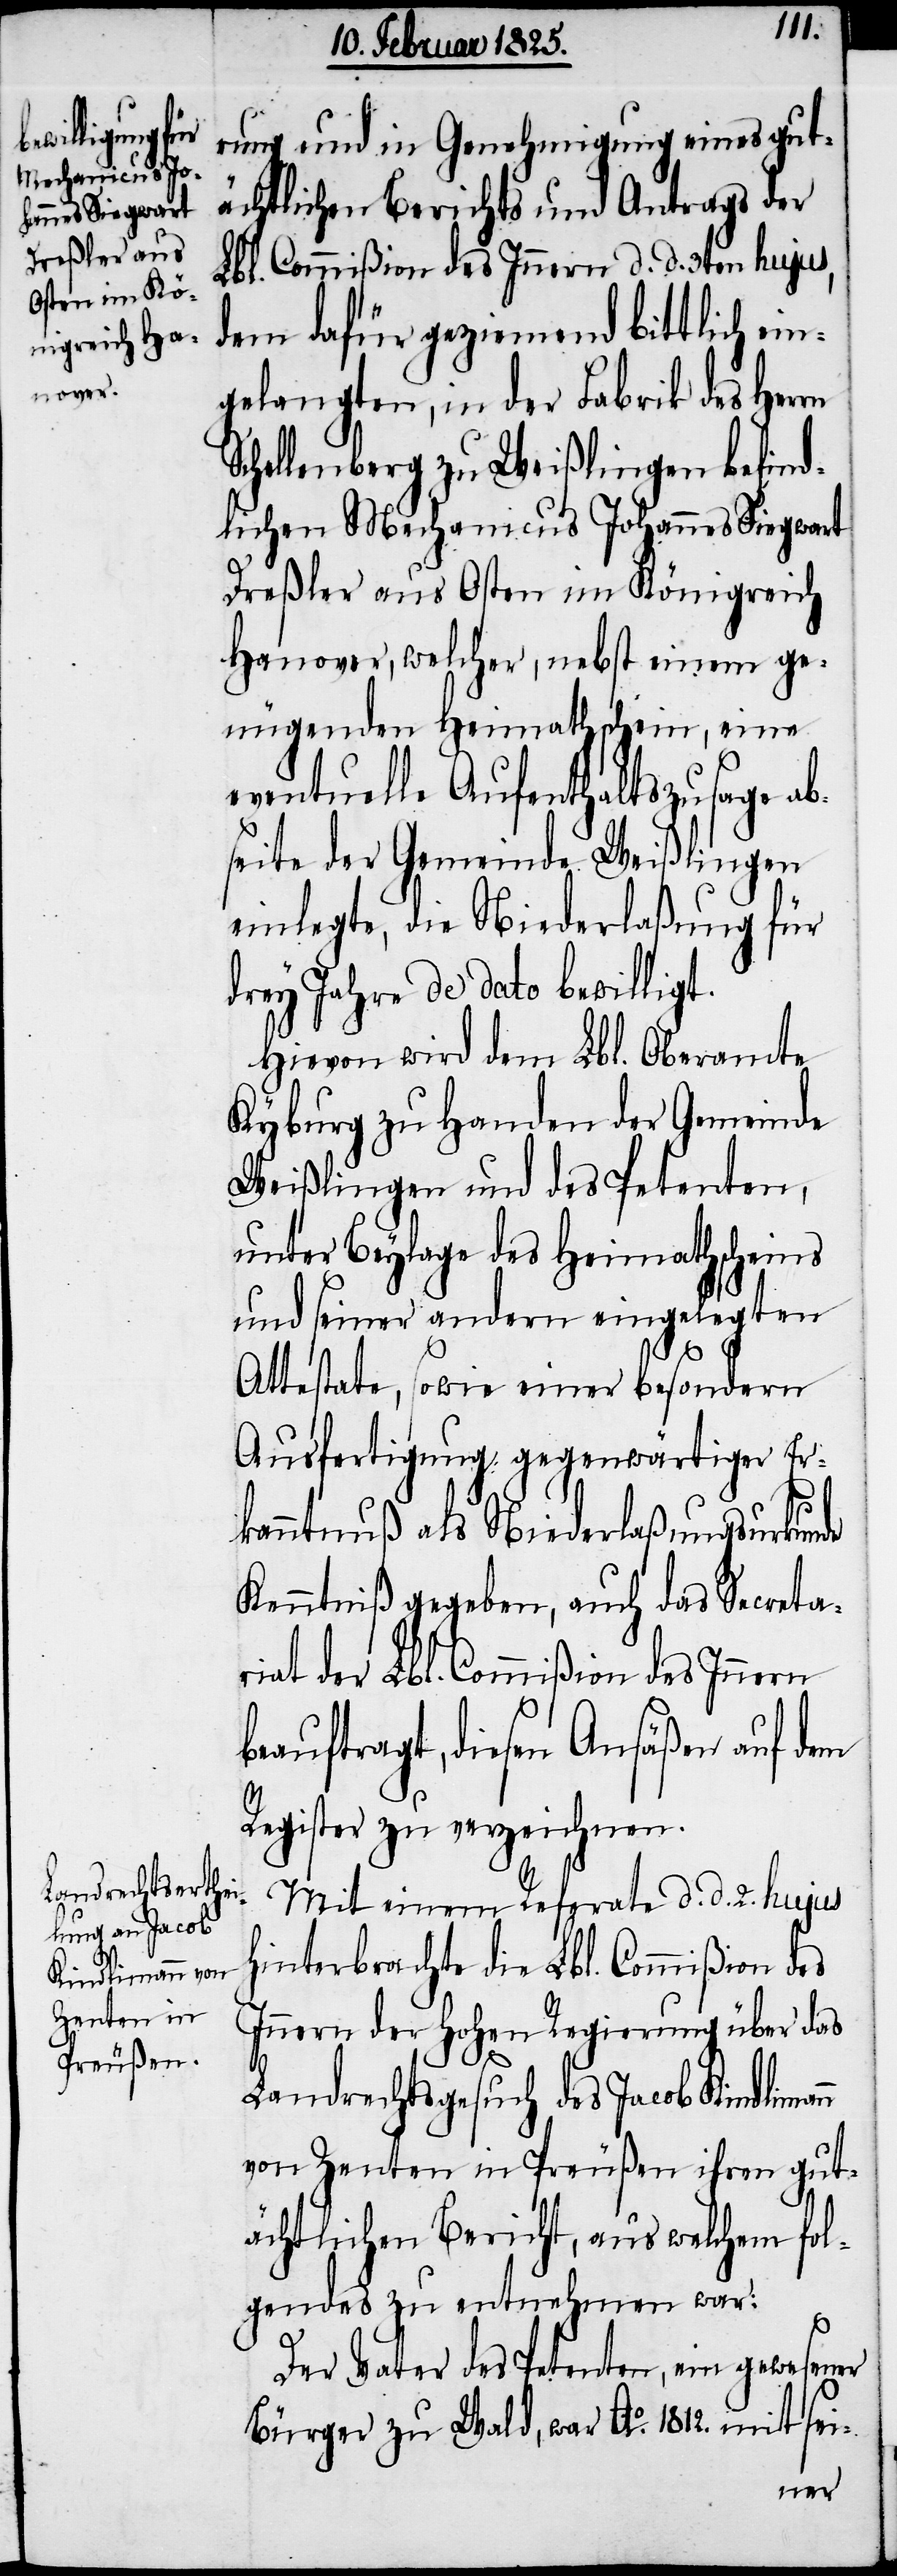
rung und in Genehmigung eines gut¬
ächtlichen Berichts und Antrags der
Lbl. Commißion des Innern d. d. 3ten hujus,
dem dafür geziemend bittlich ei¬
ngelangten, in der Fabrik des Her¬
chellenberg zu Weißlingen befind¬
lichen Mechanicus Johannes Siegwart
Dreßler aus Osten im Königreich
Hanover, welcher, nebst einem ge¬
nügenden Heimathschein, eine
eventuelle Aufenthaltszusage ab¬
seite der Gemeinde Weißlingen
einlegte, die Niederlaßung für
drey Jahre de dato bewilligt.
Hievon wird dem Lbl. Oberamte
Kyburg zu Handen der Gemeinde
Weißlingen und des Petenten,
unter Beylage des Heimathscheins
und seiner andern eingelegten
Attestate, sowie einer besondern
Ausfertigung gegenwärtiger Er¬
kanntnuß als Niederlaßungsurkunde
Kenntniß gegeben, auch das Secreta¬
riat der Lbl. Commißion des Innern
beauftragt, diesen Ansäßen auf dem
Register zu verzeichnen.
Mit einem Referate d. d. 2. hujus
hinterbrachte die Lbl. Commißion des
Innern der Hohen Regierung über das
S¬
Landrechtsgesuch des Jacob Kindlimann
von Zenten in Preußen ihren gut¬
ächtlichen Bericht, aus welchem fol¬
gendes zu entnehmen war:
Der Vater des Petenten, ein gewesener
Bürger zu Wald, war Ao. 1812. mit sei-